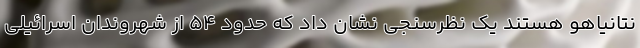
نتانیاهو هستند یک نظرسنجی نشان داد که حدود ۵۴ از شهروندان اسرائیلی